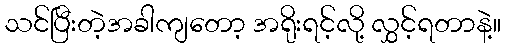
သင်ပြီးတဲ့အခါကျတော့ အရိုးရင့်လို့ လွှင့်ရတာနဲ့။